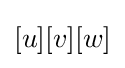
[u][v][w]